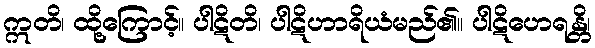
ဣတိ၊ ထို့ကြောင့်။ ပါဋိတိ၊ ပါဋိဟာရိယံမည်၏။ ပါဋိဟေရန္တိ၊